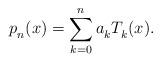
LaTeX: \begin{align*}p_n^{}(x) = \sum_{k=0}^n a_k^{} T_k^{}(x).\end{align*}